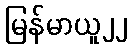
မြန်မာယူ၂၂